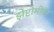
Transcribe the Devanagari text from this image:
झेप्टोमीटर